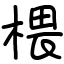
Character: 椳